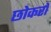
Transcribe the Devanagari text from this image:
छोकरों